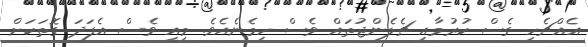
އެއްޗެހި ގެސް ކުރުމާއި ޗެލެންޖުތައް ވެސް ހިމެނެއެވެ. މިއީ ވެސް އެފަދަ ގޮތަކަށް